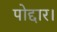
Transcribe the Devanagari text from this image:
पोद्दार।